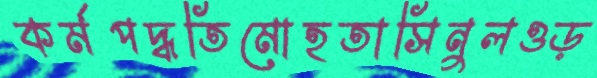
কর্মপদ্ধতিমোহতাসিনুলওড়